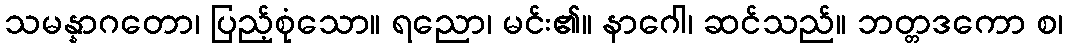
သမန္နာဂတော၊ ပြည့်စုံသော။ ရညော၊ မင်း၏။ နာဂေါ၊ ဆင်သည်။ ဘတ္တဒကော စ၊